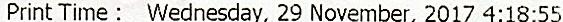
PRINT TIME : WEDNESDAY, 29 NOVEMBER, 2017 4:18:55